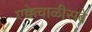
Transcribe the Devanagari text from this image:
एक्केचाळीसवे